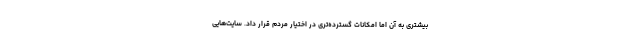
بیشتری به آن اما امکانات گسترده‌تری در اختیار مردم قرار داد. سایت‌هایی